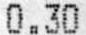
0.30